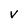
Character: V